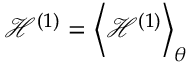
\mathcal { H } ^ { ( 1 ) } = \left< { \mathcal { H } ^ { ( 1 ) } } \right> _ { \theta }